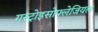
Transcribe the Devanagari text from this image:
गस्ट्रोइसोफ्लेजियल